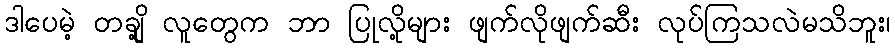
ဒါပေမဲ့ တချို့ လူတွေက ဘာ ပြုလို့များ ဖျက်လိုဖျက်ဆီး လုပ်ကြသလဲမသိဘူး၊